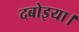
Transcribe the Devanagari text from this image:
दबोइया।